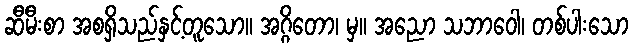
ဆီမီးစာ အစရှိသည်နှင့်တူသော။ အဂ္ဂိတော၊ မှ။ အညော သဘာဝေါ၊ တစ်ပါးသော